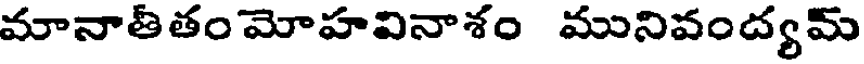
మానాతీతం మోహవినాశం మునివంద్యమ్